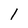
Character: 1